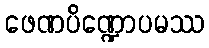
ဖေဏပိဏ္ဍောပမဿ